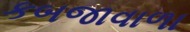
કબજાવાળા